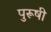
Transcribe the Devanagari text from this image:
पुरूषी